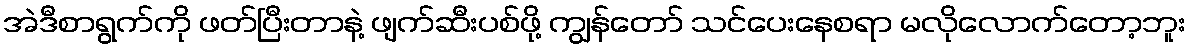
အဲဒီစာရွက်ကို ဖတ်ပြီးတာနဲ့ ဖျက်ဆီးပစ်ဖို့ ကျွန်တော် သင်ပေးနေစရာ မလိုလောက်တော့ဘူး